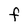
Character: f